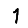
Digit: 1